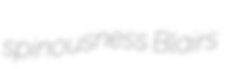
spinousness Blairs